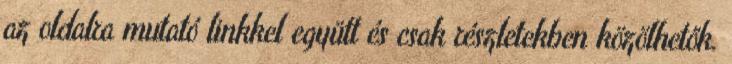
az oldalra mutató linkkel együtt és csak részletekben közölhetők.